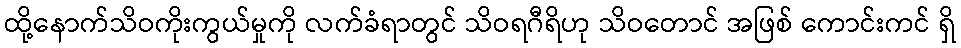
ထို့နောက်သိဝကိုးကွယ်မှုကို လက်ခံရာတွင် သိဝရဂီရိဟု သိဝတောင် အဖြစ် ကောင်းကင် ရှိ